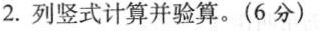
2.列竖式计算并验算。(6分)